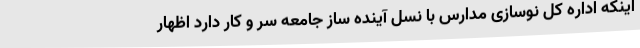
اینکه اداره کل نوسازی مدارس با نسل آینده ساز جامعه سر و کار دارد اظهار